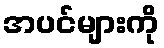
အပင်များကို